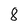
Character: 8